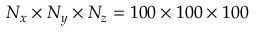
{ N _ { x } } \times { N _ { y } } \times { N _ { z } } = 1 0 0 \times 1 0 0 \times 1 0 0